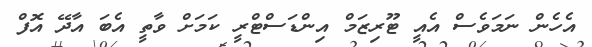
އެހެން ނަމަވެސް އެއީ ޓޫރިޒަމް އިންޑަސްޓްރީ ކަމަށް ވާތީ އެބަ އާދޭ އޮފް